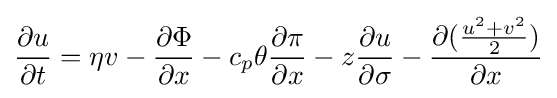
{\frac {\partial u}{\partial t}}=\eta v-{\frac {\partial \Phi }{\partial x}}-c_{p}\theta {\frac {\partial \pi }{\partial x}}-z{\frac {\partial u}{\partial \sigma }}-{\frac {\partial ({\frac {u^{2}+v^{2}}{2}})}{\partial x}}